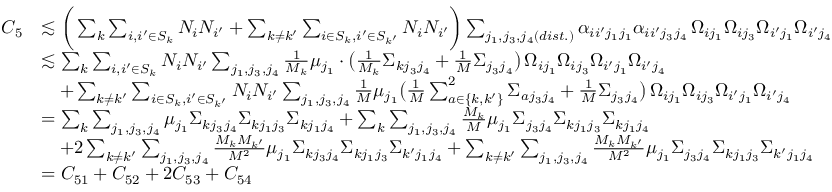
\begin{array} { r l } { C _ { 5 } } & { \lesssim \bigg ( \sum _ { k } \sum _ { i , i ^ { \prime } \in S _ { k } } N _ { i } N _ { i ^ { \prime } } + \sum _ { k \neq k ^ { \prime } } \sum _ { i \in S _ { k } , i ^ { \prime } \in S _ { k ^ { \prime } } } N _ { i } N _ { i ^ { \prime } } \bigg ) \sum _ { j _ { 1 } , j _ { 3 } , j _ { 4 } ( d i s t . ) } \alpha _ { i i ^ { \prime } j _ { 1 } j _ { 1 } } \alpha _ { i i ^ { \prime } j _ { 3 } j _ { 4 } } \, \Omega _ { i j _ { 1 } } \Omega _ { i j _ { 3 } } \Omega _ { i ^ { \prime } j _ { 1 } } \Omega _ { i ^ { \prime } j _ { 4 } } } \\ & { \lesssim \sum _ { k } \sum _ { i , i ^ { \prime } \in S _ { k } } N _ { i } N _ { i ^ { \prime } } \sum _ { j _ { 1 } , j _ { 3 } , j _ { 4 } } \frac { 1 } { M _ { k } } \mu _ { j _ { 1 } } \cdot \big ( \frac { 1 } { M _ { k } } \Sigma _ { k j _ { 3 } j _ { 4 } } + \frac { 1 } { M } \Sigma _ { j _ { 3 } j _ { 4 } } \big ) \, \Omega _ { i j _ { 1 } } \Omega _ { i j _ { 3 } } \Omega _ { i ^ { \prime } j _ { 1 } } \Omega _ { i ^ { \prime } j _ { 4 } } } \\ & { \quad + \sum _ { k \neq k ^ { \prime } } \sum _ { i \in S _ { k } , i ^ { \prime } \in S _ { k ^ { \prime } } } N _ { i } N _ { i ^ { \prime } } \sum _ { j _ { 1 } , j _ { 3 } , j _ { 4 } } \frac { 1 } { M } \mu _ { j _ { 1 } } \big ( \frac { 1 } { M } \sum _ { a \in \{ k , k ^ { \prime } \} } ^ { 2 } \Sigma _ { a j _ { 3 } j _ { 4 } } + \frac { 1 } { M } \Sigma _ { j _ { 3 } j _ { 4 } } \big ) \, \Omega _ { i j _ { 1 } } \Omega _ { i j _ { 3 } } \Omega _ { i ^ { \prime } j _ { 1 } } \Omega _ { i ^ { \prime } j _ { 4 } } } \\ & { = \sum _ { k } \sum _ { j _ { 1 } , j _ { 3 } , j _ { 4 } } \mu _ { j _ { 1 } } \Sigma _ { k j _ { 3 } j _ { 4 } } \Sigma _ { k j _ { 1 } j _ { 3 } } \Sigma _ { k j _ { 1 } j _ { 4 } } + \sum _ { k } \sum _ { j _ { 1 } , j _ { 3 } , j _ { 4 } } \frac { M _ { k } } { M } \mu _ { j _ { 1 } } \Sigma _ { j _ { 3 } j _ { 4 } } \Sigma _ { k j _ { 1 } j _ { 3 } } \Sigma _ { k j _ { 1 } j _ { 4 } } } \\ & { \quad + 2 \sum _ { k \neq k ^ { \prime } } \sum _ { j _ { 1 } , j _ { 3 } , j _ { 4 } } \frac { M _ { k } M _ { k ^ { \prime } } } { M ^ { 2 } } \mu _ { j _ { 1 } } \Sigma _ { k j _ { 3 } j _ { 4 } } \Sigma _ { k j _ { 1 } j _ { 3 } } \Sigma _ { k ^ { \prime } j _ { 1 } j _ { 4 } } + \sum _ { k \neq k ^ { \prime } } \sum _ { j _ { 1 } , j _ { 3 } , j _ { 4 } } \frac { M _ { k } M _ { k ^ { \prime } } } { M ^ { 2 } } \mu _ { j _ { 1 } } \Sigma _ { j _ { 3 } j _ { 4 } } \Sigma _ { k j _ { 1 } j _ { 3 } } \Sigma _ { k ^ { \prime } j _ { 1 } j _ { 4 } } } \\ & { = C _ { 5 1 } + C _ { 5 2 } + 2 C _ { 5 3 } + C _ { 5 4 } } \end{array}